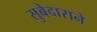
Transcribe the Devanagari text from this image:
सुबेदाराने